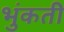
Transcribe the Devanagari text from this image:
भुंकती